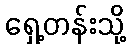
ရှေ့တန်းသို့